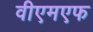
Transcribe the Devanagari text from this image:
वीएमएफ